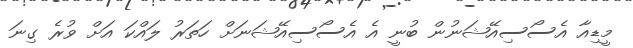
މީޑިއާ އެސޯސިއޭޝަނުން ބުނީ އެ އެސޯސިއޭޝަނަށް ހަތަރު ލައްކަ އަށް ވުރެ ގިނަ